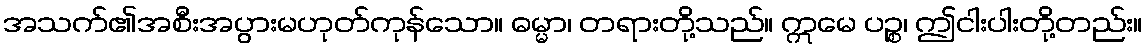
အသက်၏အစီးအပွားမဟုတ်ကုန်သော။ ဓမ္မာ၊ တရားတို့သည်။ ဣမေ ပဉ္စ၊ ဤငါးပါးတို့တည်း။